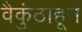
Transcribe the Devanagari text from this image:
वैकुंठाहून